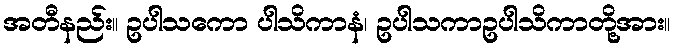
အတီနည်း။ ဥပါသကော ပါသိကာနံ၊ ဥပါသကာဥပါသိကာတို့အား။